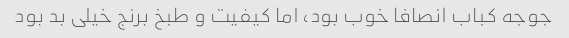
جوجه کباب انصافا خوب بود، اما کیفیت و طبخ برنج خیلی بد بود